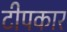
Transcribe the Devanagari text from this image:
टीपकार